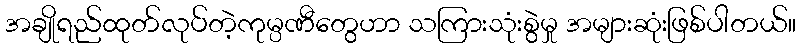
အချိုရည်ထုတ်လုပ်တဲ့ကုမ္ပဏီတွေဟာ သကြားသုံးစွဲမှု အများဆုံးဖြစ်ပါတယ်။